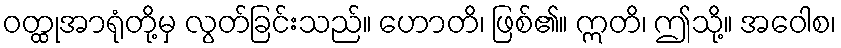
ဝတ္ထုအာရုံတို့မှ လွတ်ခြင်းသည်။ ဟောတိ၊ ဖြစ်၏။ ဣတိ၊ ဤသို့။ အဝေါစ၊